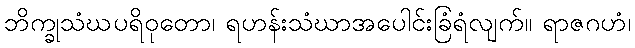
ဘိက္ခုသံဃပရိဝုတော၊ ရဟန်းသံဃာအပေါင်းခြံရံလျက်။ ရာဇဂဟံ၊